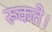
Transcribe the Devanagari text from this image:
रूकते।